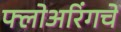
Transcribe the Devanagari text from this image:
फ्लोअरिंगचे